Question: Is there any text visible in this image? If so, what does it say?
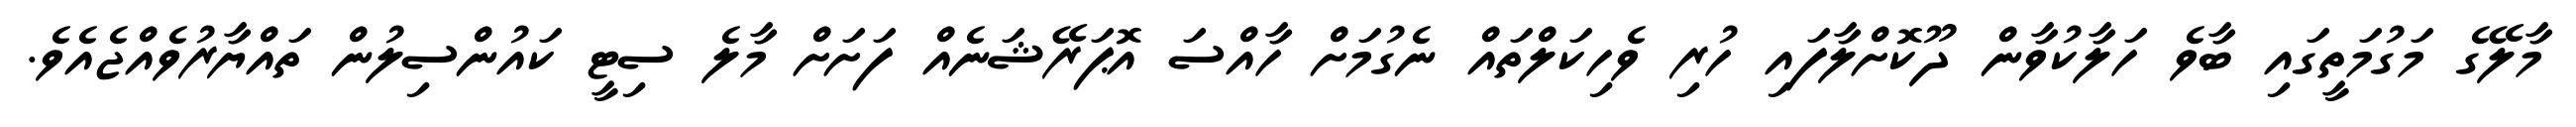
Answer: މާލޭގެ މަގުމަތީގައި ބާވެ ހަލާކުވާން ދޫކޮށްލާފައި ހުރި ވެހިކަލްތައް ނެގުމަށް ހާއްސަ އޮޕަރޭޝަނެއް ފަށަށް މާލެ ސިޓީ ކައުންސިލުން ތައްޔާރުވެއްޖެއެވެ.